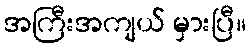
အကြီးအကျယ် မှားပြီ။